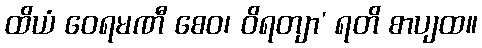
ထိယံ ဝေရမဏီ စေဝ၊ ဝိရတျာ’ ရတိ စာပျထ။